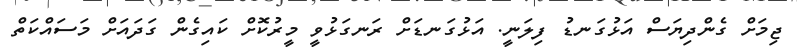
ޖިމަށް ގެންދިޔަސް އަޅުގަނޑު ފިލަނީ. އަޅުގަނޑަށް ރަނގަޅުވީ މީރުކޮށް ކައިގެން ގަދައަށް މަސައްކަތް